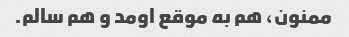
ممنون، هم به موقع اومد و هم سالم.